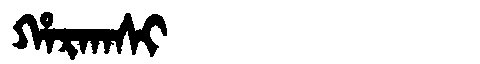
Manchu: ᡥᠠᡵᡴᠠᠰᡳ
Romanization: HARKASI